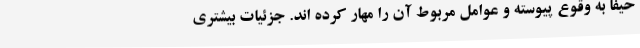
حیفا به وقوع پیوسته و عوامل مربوط آن را مهار کرده اند. جزئیات بیشتری